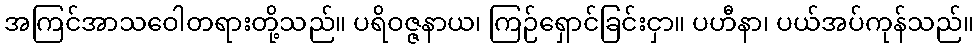
အကြင်အာသဝေါတရားတို့သည်။ ပရိဝဇ္ဇနာယ၊ ကြဉ်ရှောင်ခြင်းငှာ။ ပဟီနာ၊ ပယ်အပ်ကုန်သည်။